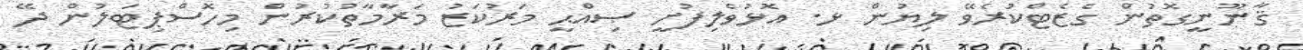
ޤާނޫނީގޮތުން ގެޒެޓްކުރެވޭ ލިޔުން ޅ. އޮޅުވެލިފުށީ ޞިއްޙީ މަރުކަޒު މަރާމާތުކުރުން މިހޮސްޕިޓަލުން ދޭ